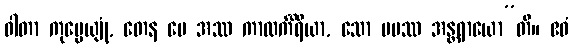
ဝါတာ ကုပ္ပေယျုံ, တေန မေ အဿ ကာလင်္ကိရိယာ, သော မမဿ အန္တရာယော”တိ။ ဧဝံ